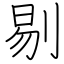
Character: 剔